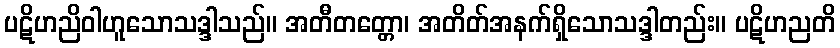
ပဋိဟညိဝါဟူသောသဒ္ဒါသည်။ အတီတတ္တော၊ အတိတ်အနက်ရှိသောသဒ္ဒါတည်း။ ပဋိဟညတိ